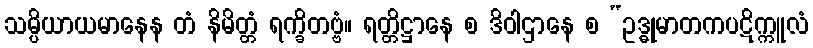
သမ္ပိယာယမာနေန တံ နိမိတ္တံ ရက္ခိတဗ္ဗံ။ ရတ္တိဋ္ဌာနေ စ ဒိဝါဌာနေ စ “ဥဒ္ဓုမာတကပဋိက္ကူလံ